Medical and sanitary report of the native army of Bengal for the year
Year: 1877
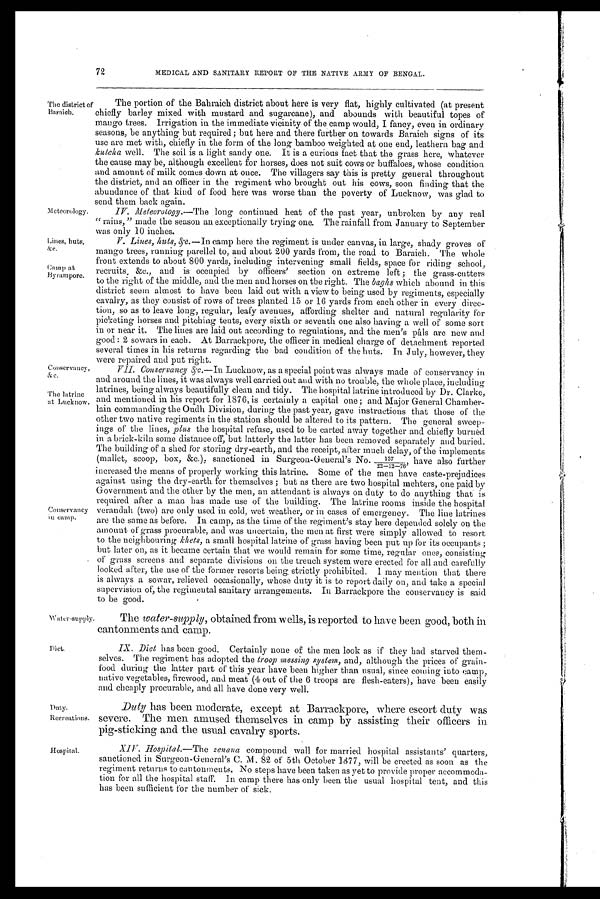
Water-supply.
Diet.
72
MEDICAL AND SANITARY REPORT OF THE NATIVE ARMY OF BENGAL.
The district of
Bahraich.
Meteorology.
Lines, huts,
&e.
Cany at,
By ram pore.
ConsConseConservancy
The latrine
at Lucknow.
Conservancy
in camp.
The portion of the Bahraich district about here is very flat, highly cultivated (at present
chiefly barley mixed with mustard and sugarcane), and abounds with beautiful topes of
mango trees. Irrigation in the immediate vicinity of the camp would, I fancy, even in ordinary
seasons, be anything but required ; but here and there further on towards Baraich signs of its
use are met with, chiefly in the form of the long bamboo weighted at one end, leathern bag and
kutcha well. The soil is a light sandy one. It is a curious fact that the grass here, whatever
the cause may be, although excellent for horses, does not suit cows or buffaloes, whose condition
and amount of milk comes down at once. The villagers say this is pretty general throughout
the district, and an officer in the regiment who brought out his cows, soon finding that the
abundance of that kind of food here was worse than the poverty of Lucknow, was glad to
send them back again.
IV.
Meteorotogy.—The long continued heat of the past year, unbroken by any real
" rains," made the season an exceptionally trying one. The rainfall from January to September
was only 10 inches,
V. Lines, huts, &c. —I n c a m p h e r e t h e r e g i m e n t i s u n d e r c a n v a s , i n l a r g e , s h a d y g r o v e s o f
mango trees, running parellel to, and about 200 yards from, the road to Baraich. The whole
front extends to about 800 yards, including intervening small fields, space for riding school,
recruits, &c., and is occupied by officers' section on extreme left ; the grass-cutters
to the right of the middle, and the men and horses on the right. The baghs which abound in this
district seem almost to have been laid out with a view to being used by regiments, especially
cavalry, as they consist of rows of trees planted 15 or 16 yards from each other in every direc-
tion, so as to leave long, regular, leafy avenues, affording shelter and natural regularity for
picketing horses and pitching tents, every sixth or seventh one also having a well of some sort
in or near it. The lines are laid out according to regulations, and the men's pâls are new and
good : 2 sowars in each. At Barrackpore, the o.fficer in medical charge of detachment reported
several times in his returns regarding the bad condition of the huts. In July, however, they
were repaired and put right.
V11. Conservancy &c.— Lucknow, as a special point was always made of' conservancy in
and around the lines, it was always well carried out and with no trouble, the whole place, including
latrines, being always beautifully clean and tidy. The hospital latrine introduced by Dr. Clarke,
and mentioned in his report for 1876, is certainly a capital one ; and Major General Chamber-
lain commanding the Oudh Division, during the past year, gave instructions that those of the
other two native regiments in the station should be altered to its pattern. The general sweep-
ings of the lines, plus the hospital refuse, used to be carted away together and chiefly burned
in a brick-kiln some distance off, but latterly the latter has been removed separately and buried.
The building of a shed for storing dry-earth, and the receipt, after much delay, of the implements
(mallet, scoop, box, &c.), sanctioned in Surgeon-General's No.137/22—12—76,have also further
increased the means of properly working this latrine. Some of the men have caste-prejudices
against using the dry-earth for themselves ; but as there are two hospital mehters, one paid by
Government and the other by the men, an attendant is always on duty to do anything that is
required after a man has made use of the building. The latrine rooms inside the hospital
verandah (two) are only used in cold, wet weather, or in cases of emergency. The line latrines
are the same as before. In camp, as the time of the regiment's stay here depended solely on the
amount of grass procurable, and was uncertain, the men at first were simply allowed to resort
to the neighbouring khets, a small hospital latrine of grass having been put up for its occupants ;
but later on, as it became certain that we would remain for some time, regular ones, consisting
of grass screens and separate divisions on the trench system were erected for all and carefully
looked after, the use of the former resorts being. strictly prohibited. 1 may mention that there
is always a sowar, relieved occasionally, whose duty it is to report daily on, and take a special
supervision of, the regimental sanitary arrangements. In Barrackpore the conservancy is said
to be good.
The water-supply, obtained from wells, is reported to have been good, both in
cantonments and camp.
IX. Diet has been good. Certainly none of the men look as if' they had starved them-
selves. The regiment has adopted the troop messing system, and, although the prices of grain-
food during the latter part of this year have been higher than usual, since coining into camp,
native vegetables, firewood, and meat (4 out of the 6 troops are flesh-eaters), have been easily
and cheaply procurable, and all have done very well.
Duty.
Recreations.
Duty has been moderate, except at Barrackpore, where escort duty was
severe. The men amused themselves in camp by assisting their officers in
pig-sticking and the usual cavalry sports.
Hospital.
XIV. Hospital.—The
zenana compound wall for rnarried hospital assistants' quarters,
sanctioned in Surgeon-General's C. M. 82 of 5th October 1877, will be erected as soon as the
regiment returns to cantonments. No steps have been taken as yet to provide proper accommoda
-tion for all the hospital stair. In camp there has only been the usual hospital tent, and this
has been sufficient for the number of sick.